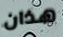
هذان